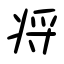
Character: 将